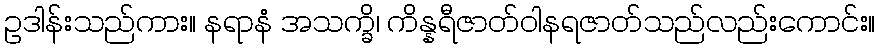
ဥဒါန်းသည်ကား။ နရာနံ အသက္ခိ၊ ကိန္နရီဇာတ်ဝါနရဇာတ်သည်လည်းကောင်း။